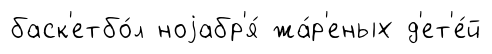
баск'етбо́л ноjабр'я́ жа́р'еных д'ет'е́й